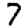
Digit: 7